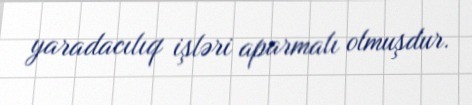
yaradacılıq işləri aparmalı olmuşdur.